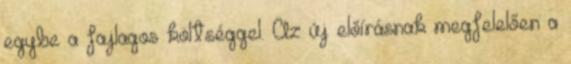
egybe a fajlagos költséggel. Az új előírásnak megfelelően a